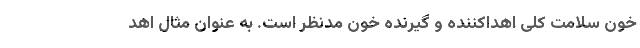
خون سلامت کلی اهداکننده و گیرنده خون مدنظر است. به عنوان مثال اهد